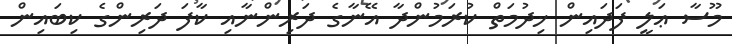
މޫސާ ޢަލީ ފަދައިން ޚިދުމަތް ކުރަމުންދާ އޭނާގެ ދަރިންނާއި ކާފަ ދަރިންގެ ކިބައިން